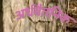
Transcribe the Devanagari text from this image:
अर्धवैतनिक